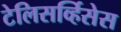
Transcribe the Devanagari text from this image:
टेलिसर्व्हिसेस